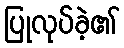
ပြုလုပ်ခဲ့၏